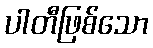
ပါတီဖြစ်သော